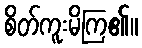
စိတ်ကူးမိကြ၏။